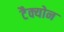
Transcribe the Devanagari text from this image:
टैक्योन